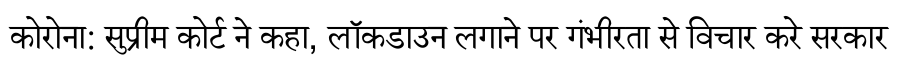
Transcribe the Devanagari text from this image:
कोरोना: सुप्रीम कोर्ट ने कहा, लॉकडाउन लगाने पर गंभीरता से विचार करे सरकार